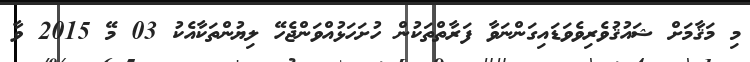
މި މަޤާމަށް ޝައުޤުވެރިވެވަޑައިގަންނަވާ ފަރާތްތަކުން ހުށަހަޅުއްވަންޖެހޭ ލިޔުންތަކާއެކު 03 މޭ 2015 ވާ